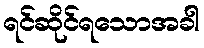
ရင်ဆိုင်ရသောအခါ